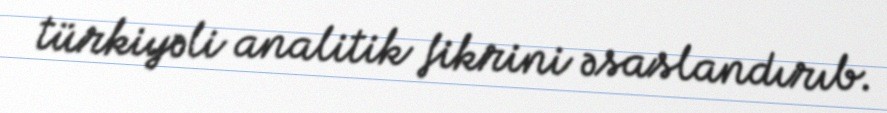
türkiyəli analitik fikrini əsaslandırıb.